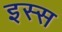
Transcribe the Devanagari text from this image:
इस्स